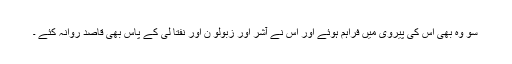
سو وہ بھی اُس کی پَیروی میں فراہم ہُوئے اور اُس نے آشر اور زبُولُو ن اور نفتا لی کے پاس بھی قاصِد روانہ کِئے ۔